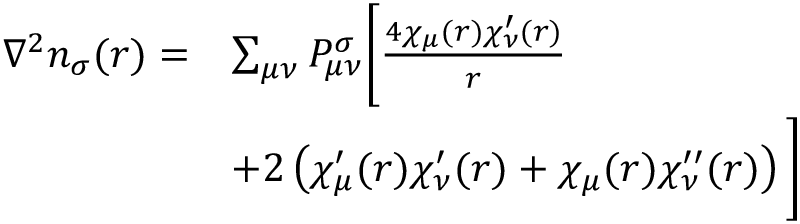
\begin{array} { r l } { \nabla ^ { 2 } n _ { \sigma } ( r ) = } & { \sum _ { \mu \nu } P _ { \mu \nu } ^ { \sigma } \Bigg [ \frac { 4 \chi _ { \mu } ( r ) \chi _ { \nu } ^ { \prime } ( r ) } { r } } \\ & { + 2 \left( \chi _ { \mu } ^ { \prime } ( r ) \chi _ { \nu } ^ { \prime } ( r ) + \chi _ { \mu } ( r ) \chi _ { \nu } ^ { \prime \prime } ( r ) \right) \Bigg ] } \end{array}